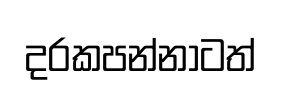
දරකපන්නාටත්